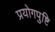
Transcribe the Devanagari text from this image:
प्रयोगपुष्टि